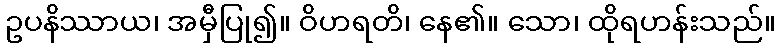
ဥပနိဿာယ၊ အမှီပြု၍။ ဝိဟရတိ၊ နေ၏။ သော၊ ထိုရဟန်းသည်။